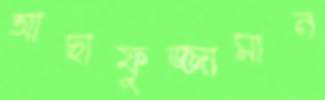
আছাফুজ্জামান